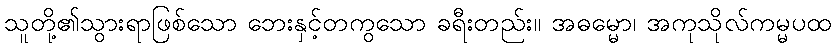
သူတို့၏သွားရာဖြစ်သော ဘေးနှင့်တကွသော ခရီးတည်း။ အဓမ္မော၊ အကုသိုလ်ကမ္မပထ